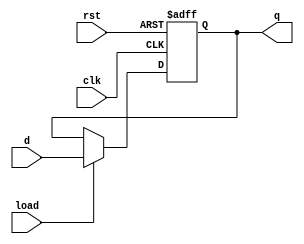
`timescale 1ns / 1ps


module register #(parameter n = 32) (
    input clk,
    input rst,
    input load,
    input [n - 1:0] d,
    output reg [n - 1:0] q
    );
       
    always @(posedge clk, posedge rst) begin
        if(rst) 
            q <= 0;
        else
            if(load)
                q <= d;
            else
                q <= q;
    end

endmodule